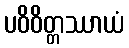
ပဝိဝိတ္တဿာယံ